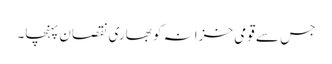
جس سے قومی خزانہ کو بھاری نقصان پہنچا۔